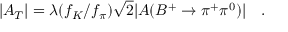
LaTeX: | A _ { T } | = \lambda ( f _ { K } / f _ { \pi } ) \sqrt { 2 } | A ( B ^ { + } \to \pi ^ { + } \pi ^ { 0 } ) | ~ ~ ~ .